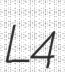
L4